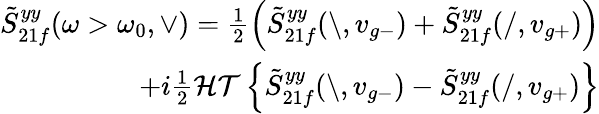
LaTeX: \begin{array}{r}{\tilde{S}_{21f}^{yy}(\omega>\omega_{0},\vee)=\frac{1}{2}\Big(\tilde{S}_{21f}^{yy}(\backslash,v_{g-})+\tilde{S}_{21f}^{yy}(/,v_{g+})\Big)}\\ {+i\frac{1}{2}\mathcal{HT}\left\{ \tilde{S}_{21f}^{yy}(\backslash,v_{g-})-\tilde{S}_{21f}^{yy}(/,v_{g+})\right\} }\end{array}